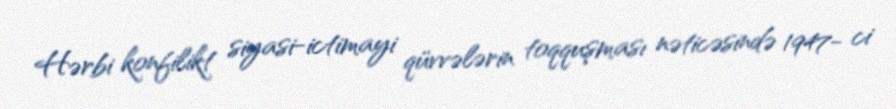
Hərbi konfilikt siyasi-ictimayi qüvvələrin toqquşması nəticəsində 1947- ci